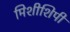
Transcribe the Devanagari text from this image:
मिशीशिपी